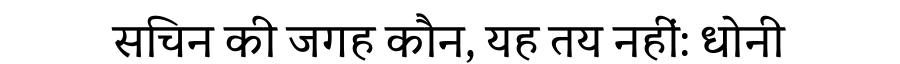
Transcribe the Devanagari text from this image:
सचिन की जगह कौन, यह तय नहीं: धोनी